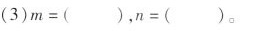
(3)$$m = ( )$$，$$n = ( )$$。